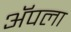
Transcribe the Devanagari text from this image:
अॅपला